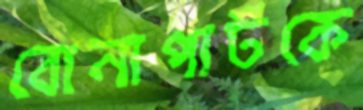
বোনাপার্টকে